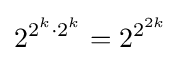
2^{2^{k}\cdot 2^{k}}=2^{2^{2k}}